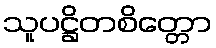
သူပဋ္ဌိတစိတ္တော